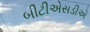
બીટીએસડીએ